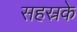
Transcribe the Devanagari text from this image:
सहस्रके